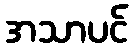
အသာပင်